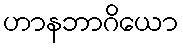
ဟာနဘာဂိယော